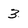
Character: 3